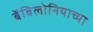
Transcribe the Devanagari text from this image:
बॅबिलोनियाच्या